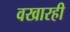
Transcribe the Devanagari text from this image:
वखारही